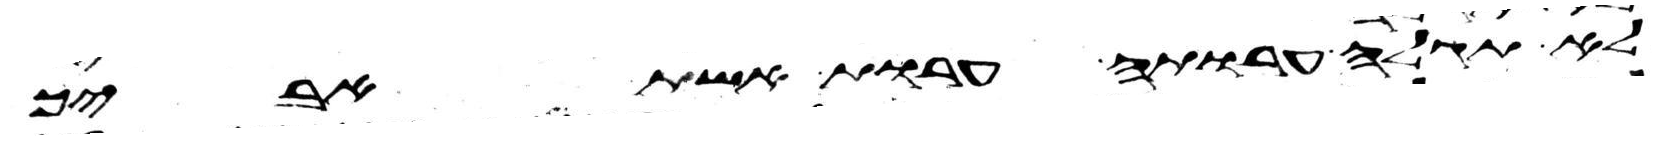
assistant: לא תגלה ערותה ערות אשת אביך